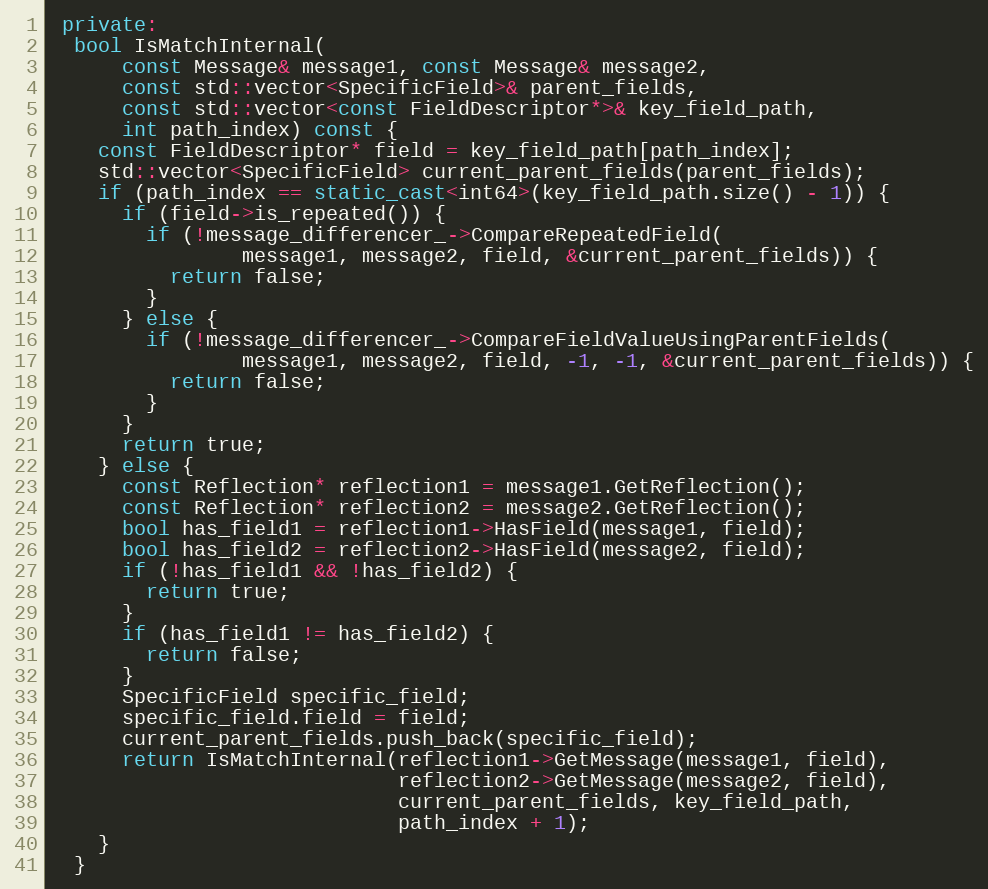
Language: C++
 private:
  bool IsMatchInternal(
      const Message& message1, const Message& message2,
      const std::vector<SpecificField>& parent_fields,
      const std::vector<const FieldDescriptor*>& key_field_path,
      int path_index) const {
    const FieldDescriptor* field = key_field_path[path_index];
    std::vector<SpecificField> current_parent_fields(parent_fields);
    if (path_index == static_cast<int64>(key_field_path.size() - 1)) {
      if (field->is_repeated()) {
        if (!message_differencer_->CompareRepeatedField(
                message1, message2, field, &current_parent_fields)) {
          return false;
        }
      } else {
        if (!message_differencer_->CompareFieldValueUsingParentFields(
                message1, message2, field, -1, -1, &current_parent_fields)) {
          return false;
        }
      }
      return true;
    } else {
      const Reflection* reflection1 = message1.GetReflection();
      const Reflection* reflection2 = message2.GetReflection();
      bool has_field1 = reflection1->HasField(message1, field);
      bool has_field2 = reflection2->HasField(message2, field);
      if (!has_field1 && !has_field2) {
        return true;
      }
      if (has_field1 != has_field2) {
        return false;
      }
      SpecificField specific_field;
      specific_field.field = field;
      current_parent_fields.push_back(specific_field);
      return IsMatchInternal(reflection1->GetMessage(message1, field),
                             reflection2->GetMessage(message2, field),
                             current_parent_fields, key_field_path,
                             path_index + 1);
    }
  }